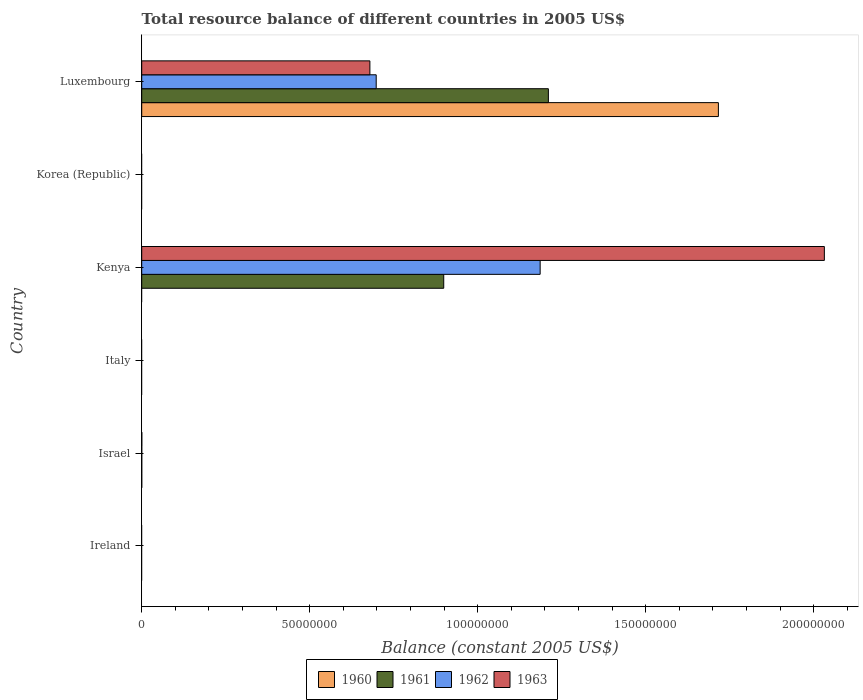
| Country | 1960 | 1961 | 1962 | 1963 |
 | --- | --- | --- | --- | --- |
 | Ireland | -5.05e+07 | -5.25e+07 | -7.1e+07 | -8.26e+07 |
 | Israel | 4.1e+03 | 2e+03 | 8e+03 | 2.37e+04 |
 | Italy | -4.76e+07 | -1.02e+07 | -8.69e+07 | -4.06e+08 |
 | Kenya | -1.46e+08 | 8.99e+07 | 1.19e+08 | 2.03e+08 |
 | Korea (Republic) | -2.32e+10 | -2.84e+10 | -4.15e+10 | -5.56e+10 |
 | Luxembourg | 1.72e+08 | 1.21e+08 | 6.98e+07 | 6.79e+07 |